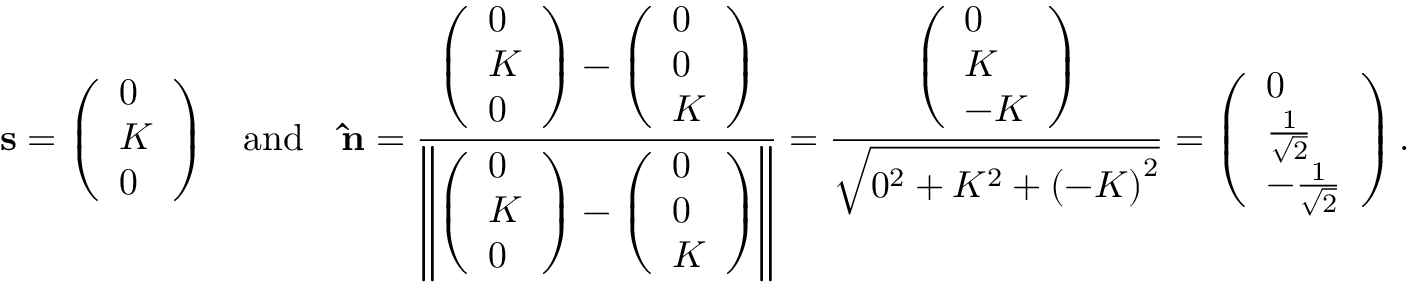
\mathbf { s } = { \left( \begin{array} { l } { 0 } \\ { K } \\ { 0 } \end{array} \right) } \quad { \mathrm { a n d } } \quad \mathbf { \hat { n } } = { \frac { { \left( \begin{array} { l } { 0 } \\ { K } \\ { 0 } \end{array} \right) } - { \left( \begin{array} { l } { 0 } \\ { 0 } \\ { K } \end{array} \right) } } { \left\| { \left( \begin{array} { l } { 0 } \\ { K } \\ { 0 } \end{array} \right) } - { \left( \begin{array} { l } { 0 } \\ { 0 } \\ { K } \end{array} \right) } \right\| } } = { \frac { \left( \begin{array} { l } { 0 } \\ { K } \\ { - K } \end{array} \right) } { \sqrt { 0 ^ { 2 } + K ^ { 2 } + { ( - K ) } ^ { 2 } } } } = { \left( \begin{array} { l } { 0 } \\ { { \frac { 1 } { \sqrt { 2 } } } } \\ { - { \frac { 1 } { \sqrt { 2 } } } } \end{array} \right) } \, .